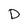
Character: D